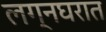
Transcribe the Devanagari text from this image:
लग्नघरात